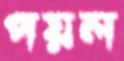
পয়ল